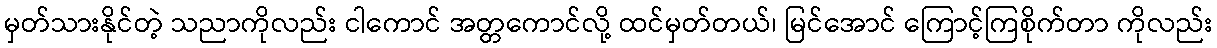
မှတ်သားနိုင်တဲ့ သညာကိုလည်း ငါကောင် အတ္တကောင်လို့ ထင်မှတ်တယ်၊ မြင်အောင် ကြောင့်ကြစိုက်တာ ကိုလည်း